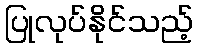
ပြုလုပ်နိုင်သည့်